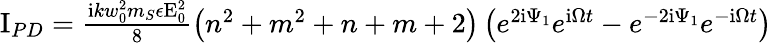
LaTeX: \begin{array}{r}{\mathrm{I}_{PD}=\frac{\mathrm{i}kw_{0}^{2}m_{S}\epsilon\mathrm{E}_{0}^{2}}{8}\left(n^{2}+m^{2}+n+m+2\right)\left(e^{2\mathrm{i}\Psi_{1}}e^{\mathrm{i}\Omega t}-e^{-2\mathrm{i}\Psi_{1}}e^{-\mathrm{i}\Omega t}\right)}\end{array}